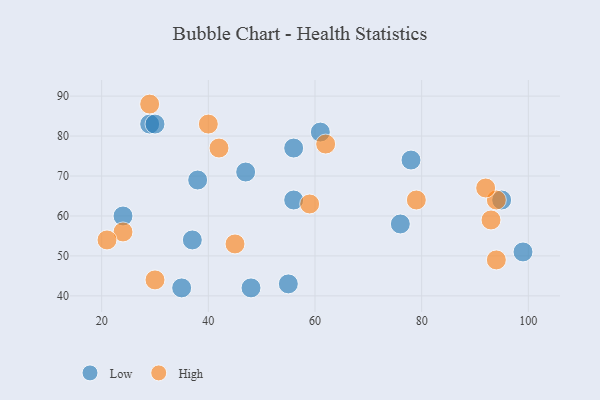
{"axis": {"x": "GDP", "y": "Life Expectancy"}, "legend": ["High", "Low"], "data": [{"x": "56", "y": 77, "type": "Low"}, {"x": "78", "y": 74, "type": "Low"}, {"x": "24", "y": 60, "type": "Low"}, {"x": "95", "y": 64, "type": "Low"}, {"x": "38", "y": 69, "type": "Low"}, {"x": "55", "y": 43, "type": "Low"}, {"x": "47", "y": 71, "type": "Low"}, {"x": "37", "y": 54, "type": "Low"}, {"x": "48", "y": 42, "type": "Low"}, {"x": "61", "y": 81, "type": "Low"}, {"x": "29", "y": 83, "type": "Low"}, {"x": "56", "y": 64, "type": "Low"}, {"x": "35", "y": 42, "type": "Low"}, {"x": "99", "y": 51, "type": "Low"}, {"x": "30", "y": 83, "type": "Low"}, {"x": "76", "y": 58, "type": "Low"}, {"x": "24", "y": 56, "type": "High"}, {"x": "30", "y": 44, "type": "High"}, {"x": "79", "y": 64, "type": "High"}, {"x": "62", "y": 78, "type": "High"}, {"x": "29", "y": 88, "type": "High"}, {"x": "21", "y": 54, "type": "High"}, {"x": "59", "y": 63, "type": "High"}, {"x": "45", "y": 53, "type": "High"}, {"x": "94", "y": 49, "type": "High"}, {"x": "94", "y": 64, "type": "High"}, {"x": "93", "y": 59, "type": "High"}, {"x": "42", "y": 77, "type": "High"}, {"x": "40", "y": 83, "type": "High"}, {"x": "92", "y": 67, "type": "High"}]}